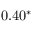
0 . 4 0 ^ { * }